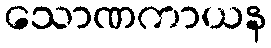
သောဏကာယန